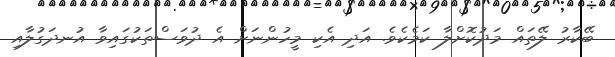
ބޭކާރު ލޭތައް މަދުކޮށްލާ ކަމެކެވެ. އަދި އެކި މީހުންނަށް އެ ދުވަސްތަކުގައިވާ އުނދަގުލާއި